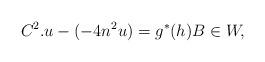
LaTeX: \begin{align*}C^{2}.u-(-4n^{2}u)=g^{*}(h)B\in W,\end{align*}